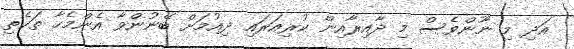
އަދި މި ނޫންވެސް މި ދާއިރާއިން ކުރިއަރައި ދިއުމަށް ބޭނުންވާ އެންމެހާ ތަކެތި